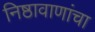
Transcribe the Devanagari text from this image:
निष्ठावाणांचा